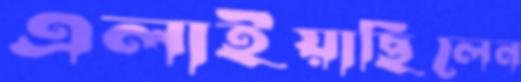
এলাইয়াছিলেন